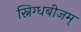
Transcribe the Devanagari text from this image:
स्निग्धबीजम्